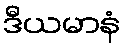
ဒီယမာနံ